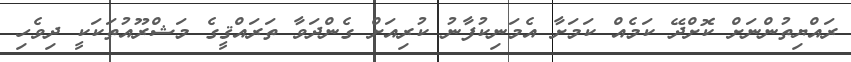
ރައްޔިތުންނަށް ކޮށްދޭ ކަމެއް ކަމަށާ އެމަނިކުފާނު ކުރިއަށް ގެންދަވާ ތަރައްޤީގެ މަޝްރޫއުތަކަކީ ދިވެހި